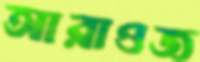
আরাওজ